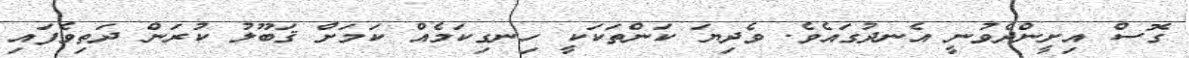
ގޮސް އިށީންދެވުނީ އެނދުގައެވެ. ވެދިޔަ ކަންތަކަކީ ހިނގިކަމެއް ކަމަށް ޤަބޫލު ކުރަން ދަތިވެފައި